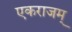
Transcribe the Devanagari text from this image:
एकराजम्